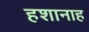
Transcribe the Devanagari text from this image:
हशानाह